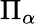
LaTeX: \Pi_{\alpha}